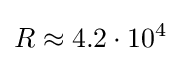
R\approx 4.2\cdot 10^{4}